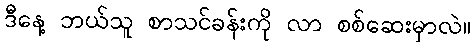
ဒီနေ့ ဘယ်သူ စာသင်ခန်းကို လာ စစ်ဆေးမှာလဲ။